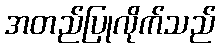
အတည်ပြုလိုက်သည်